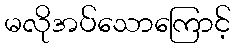
မလိုအပ်သောကြောင့်